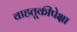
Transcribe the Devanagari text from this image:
वाहतूकीपेक्षा